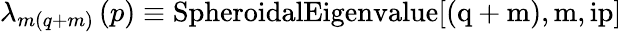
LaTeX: \lambda_{m(q+m)}\left(p\right)\equiv\mathrm{{SpheroidalEigenvalue}[(q+m),m,ip]}